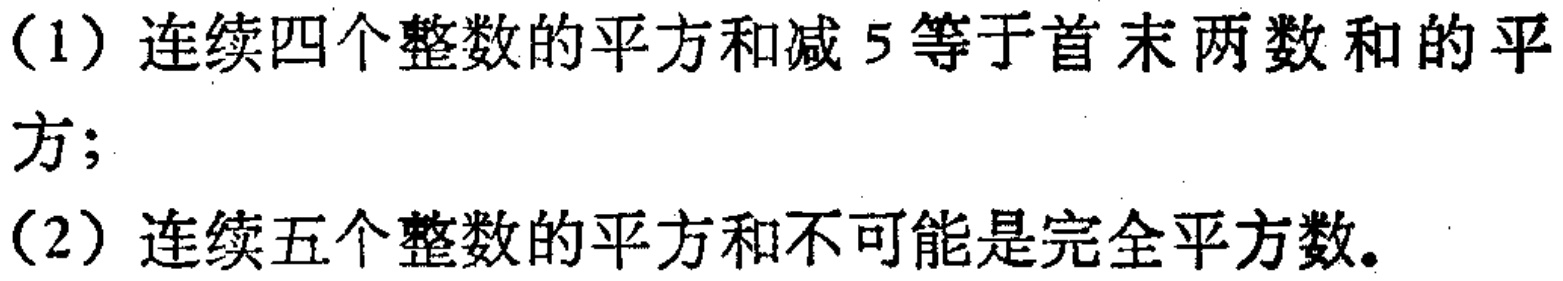
（1）连续四个整数的平方和减 5 等于首末两数和的平方；
（2）连续五个整数的平方和不可能是完全平方数。